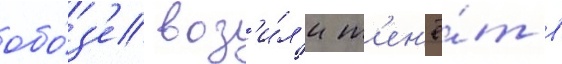
обо́з'е воз'и́л'и т'ен'ё́т в